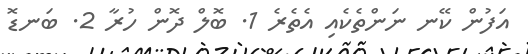
އަފުން ކޭނ ނަންތެކެއި އެތެރެ 1. ބޮލް ދޮން ހުރާ 2. ބަނޑޮ